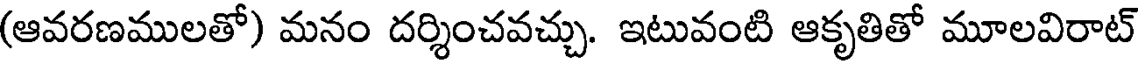
(ఆవరణములతో) మనం దర్శించవచ్చు. ఇటువంటి ఆకృతితో మూలవిరాట్